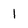
Character: 1